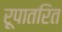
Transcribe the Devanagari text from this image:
रूपातरित